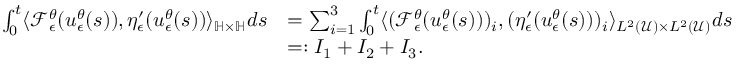
\begin{array} { r l } { \int _ { 0 } ^ { t } \langle \mathcal { F } _ { \epsilon } ^ { \theta } ( u _ { \epsilon } ^ { \theta } ( s ) ) , \eta _ { \epsilon } ^ { \prime } ( u _ { \epsilon } ^ { \theta } ( s ) ) \rangle _ { \mathbb { H } \times \mathbb { H } } d s } & { = \sum _ { i = 1 } ^ { 3 } \int _ { 0 } ^ { t } \langle ( \mathcal { F } _ { \epsilon } ^ { \theta } ( u _ { \epsilon } ^ { \theta } ( s ) ) ) _ { i } , ( \eta _ { \epsilon } ^ { \prime } ( u _ { \epsilon } ^ { \theta } ( s ) ) ) _ { i } \rangle _ { L ^ { 2 } ( \mathcal { U } ) \times L ^ { 2 } ( \mathcal { U } ) } d s } \\ & { = : I _ { 1 } + I _ { 2 } + I _ { 3 } . } \end{array}